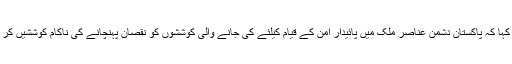
انہوں نے کہا کہ پاکستان دشمن عناصر ملک میں پائیدار امن کے قیام کیلئے کی جانے والی کوششوں کو نقصان پہنچانے کی ناکام کوششیں کر رہے ہیں۔